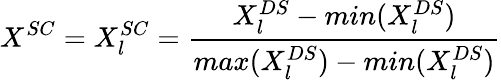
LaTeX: X^{SC}=X_{l}^{SC}=\frac{X_{l}^{DS}-min(X_{l}^{DS})}{max(X_{l}^{DS})-min(X_{l}^{DS})}